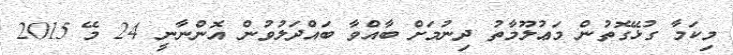
މިކަމާ ގުޅޭގޮތުން މަޢުލޫމާތު ދިނުމަށް ބާއްވާ ބައްދަލުވުން އޮންނާނީ 24 މޭ 2015